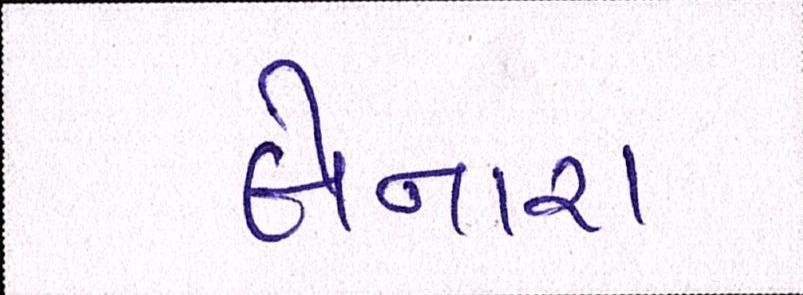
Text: લેનારા